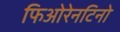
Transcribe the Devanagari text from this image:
फिओरेनटिनो